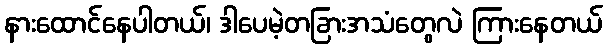
နားထောင်နေပါတယ်၊ ဒါပေမဲ့တခြားအသံတွေလဲ ကြားနေတယ်